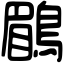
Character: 鶥